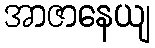
အာဇာနေယျ